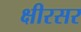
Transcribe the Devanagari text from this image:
क्षीरसर